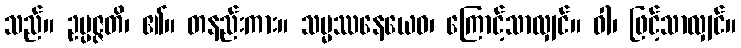
သည်။ ဥပ္ပဇ္ဇတိ၊ ၏။ တနည်းကား။ သမ္မဿနေယေဝ၊ ကြောင့်သာလျှင်။ ဝါ၊ ဖြင့်သာလျှင်။